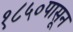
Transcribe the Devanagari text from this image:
१८५०पासून